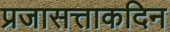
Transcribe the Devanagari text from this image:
प्रजासत्ताकदिन